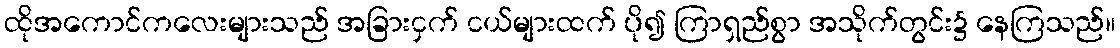
ထိုအကောင်ကလေးများသည် အခြားငှက် ငယ်များထက် ပို၍ ကြာရှည်စွာ အသိုက်တွင်း၌ နေကြသည်။